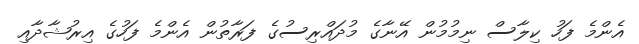
އެންމެ ފަހު ކިލާސް ނިމުމުން އޭނާގެ މުދައްރިސުގެ ފަރާތުން އެންމެ ފަހުގެ އިރުޝާދާއި